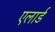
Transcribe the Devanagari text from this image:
एलार्ड